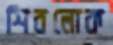
শিবলোক